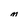
Character: m